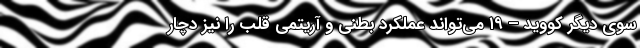
سوی دیگر کووید – ۱۹ می‌تواند عملکرد بطنی و آریتمی قلب را نیز دچار